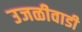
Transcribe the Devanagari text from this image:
उजळीवाडी